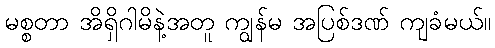
မစ္စတာ အိရှိဂါမိနဲ့အတူ ကျွန်မ အပြစ်ဒဏ် ကျခံမယ်။